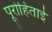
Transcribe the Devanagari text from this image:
पूरोहिताई